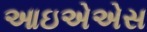
આઇએએસ